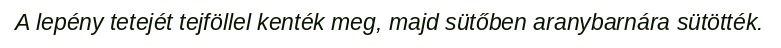
A lepény tetejét tejföllel kenték meg, majd sütőben aranybarnára sütötték.